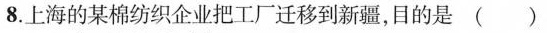
8. 上海的某棉纺织企业把工厂迁移到新疆，目的是 ( )